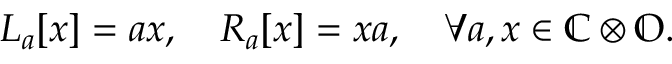
\begin{array} { r } { L _ { a } [ x ] = a x , \quad R _ { a } [ x ] = x a , \quad \forall a , x \in \mathbb { C } \otimes \mathbb { O } . } \end{array}